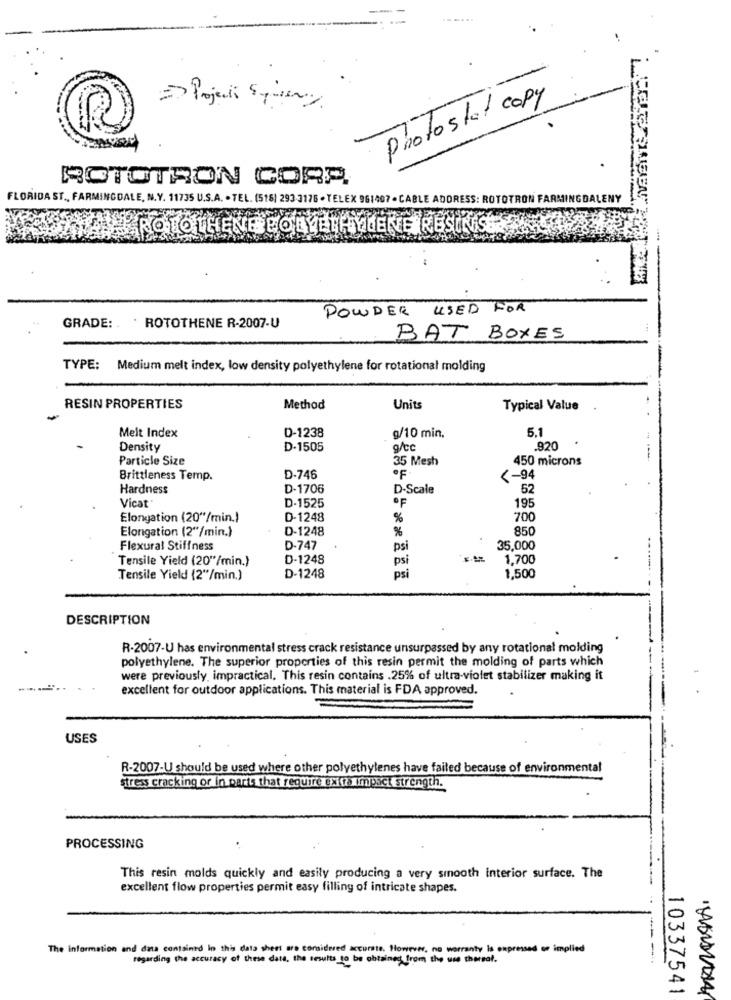
=> Projects Spiseny
Photo stat copy
ROTOTRON CORA
FLORIDA ST ., FARMINGDALE, N.Y. 11735 U.S.A. - TEL. (516) 293-3176 - TELEX 961407 - CABLE ADDRESS: ROTOTRON FARMINGDALENY
ROTOTHENEPOLYETHYLENE RESINS
POWDER USED FOR
GRADE: .
ROTOTHENE R-2007-U
BAT BOXES
TYPE: Medium melt index, low density polyethylene for rotational molding
RESIN PROPERTIES
Method
Units
Typical Value
Melt Index
g/10 min.
5.1
D-1238
Density
D-1505
g/cc
.920
Particle Size
35 Mesh
450 microns
Brittleness Temp.
D-746
OF
<- 94
Hardness
D-1706
D-Scale
52
OF
Vicat
D-1525
195
Elongation (20"/min.)
D-1248
%
700
Elongation (2"/min.)
D-1248
%
850
Flexural Stiffness
D-747
psi
35,000
Tensile Yield (20"/min.)
D-1248
psi
1,700
psi
Tensile Yield (2"/min.)
D-1248
1,500
DESCRIPTION
R-2007-U has environmental stress crack resistance unsurpassed by any rotational molding
polyethylene. The superior properties of this resin permit the molding of parts which
were previously, impractical. This resin contains .25% of ultra-violet stabilizer making it
excellent for outdoor applications. This material is FDA approved.
USES
R-2007-U should be used where other polyethylenes have failed because of environmental
stress cracking or in parts that require extra impact strength.
PROCESSING
This resin molds quickly and easily producing a very smooth interior surface. The
excellent flow properties permit easy filling of intricate shapes.
The information and data contained In this data sheet are considered accurate. However, no warranty Is expressed or implied
regarding the accuracy of these data, the results to be obtained from the use thereal.
--
10337541